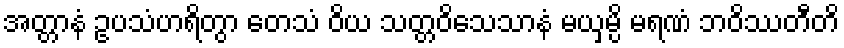
အတ္တာနံ ဥပသံဟရိတွာ တေသံ ဝိယ သတ္တဝိသေသာနံ မယှမ္ပိ မရဏံ ဘဝိဿတီတိ